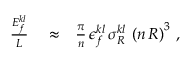
\begin{array} { r l r } { \frac { E _ { f } ^ { k l } } { L } } & { { } \approx } & { \frac { \pi } { n } \, \epsilon _ { f } ^ { k l } \, \sigma _ { R } ^ { k l } \, \left( n \, { \cal R } \right) ^ { 3 } \, , } \end{array}